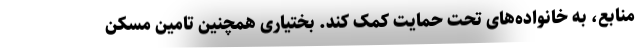
منابع، به خانواده‌های تحت حمایت کمک کند. بختیاری همچنین تامین مسکن